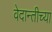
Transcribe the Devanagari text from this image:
वेदान्तीच्या